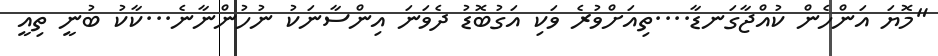
"މޮޔަ އަންހެން ކުއްޖާގަނޑާ....ތިއަށްވުރެ ވަކި އަގުބޮޑު ދެވަނަ އިންސާނަކު ނުހުންނާނެ...ކާކު ބުނީ ތިއީ